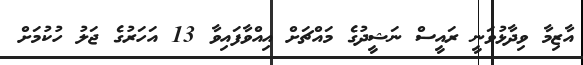
އާޒިމާ ވިދާޅުވަނީ ރައީސް ނަޝީދުގެ މައްޗަށް އިއްވާފައިވާ 13 އަހަރުގެ ޖަލު ހުކުމަށް